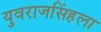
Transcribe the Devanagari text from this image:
युवराजसिंहला